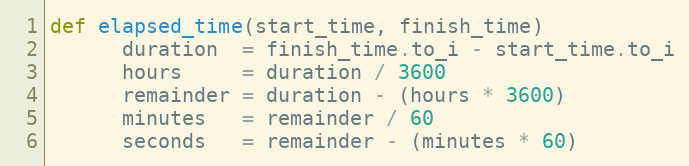
Language: Ruby
def elapsed_time(start_time, finish_time)
      duration  = finish_time.to_i - start_time.to_i
      hours     = duration / 3600
      remainder = duration - (hours * 3600)
      minutes   = remainder / 60
      seconds   = remainder - (minutes * 60)